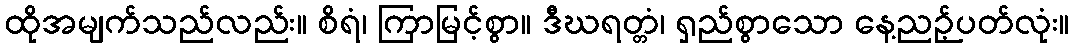
ထိုအမျက်သည်လည်း။ စိရံ၊ ကြာမြင့်စွာ။ ဒီဃရတ္တံ၊ ရှည်စွာသော နေ့ညဉ့်ပတ်လုံး။